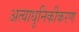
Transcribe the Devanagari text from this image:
अत्याधुनिकीकरण